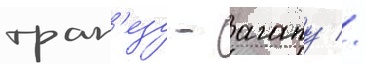
трап'езу - агапу //